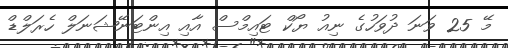
މޭ 25 ވަނަ ދުވަހުގެ ނިއު ޔޯކް ޓައިމްސް އާއި އިންޓަނޭޝަނަލް ހެރަލްޑް